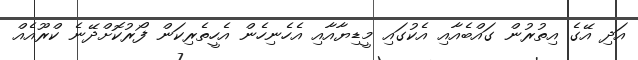
އަދި އޭގެ އިތުރުން ގައްބެއާއި އެކުގައި މީޑިޔާއާއި އެހެނިހެން އެހީތެރިކަން ފޯރުކޮށްދޭނެ ކްރޫއެއް